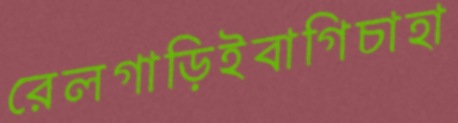
রেলগাড়িইবাগিচাহা